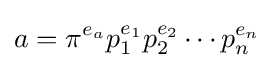
a=\pi ^{e_{a}}p_{1}^{e_{1}}p_{2}^{e_{2}}\cdots p_{n}^{e_{n}}